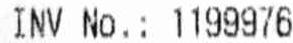
INV NO.: 1199976